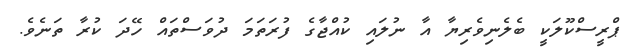
ޕްރީސްކޫލަކީ ބެލެނިވެރިޔާ އާ ނުލައި ކުއްޖާގެ ފުރަތަމަ ދުވަސްތައް ހޭދަ ކުރާ ތަނެވެ.